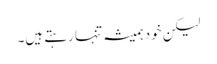
لیکن خود ہمیشہ تنہا رہتے ہیں۔